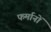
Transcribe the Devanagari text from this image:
फर्मानों